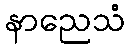
နာညေသံ